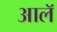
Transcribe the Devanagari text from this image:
आलॅ